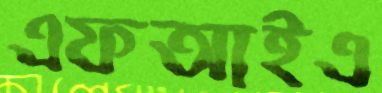
এফআইএ